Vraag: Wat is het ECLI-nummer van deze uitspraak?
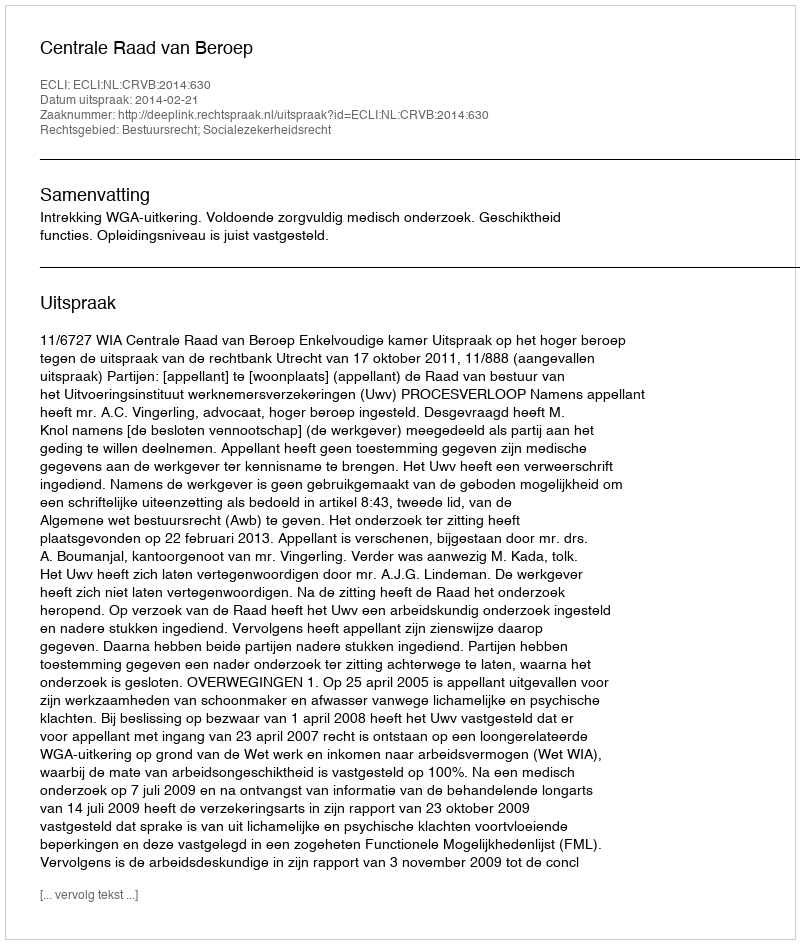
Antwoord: ECLI:NL:CRVB:2014:630